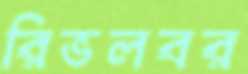
রিভলবর